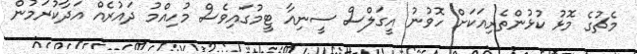
މެޗުގެ މޮޅު ކުޅުންތެރިއަކަށް ހޮވުނު އީގަލްސް ސީނިއާ ޓީމުގައިވެސް މުހިއްމު ދައުރެއް އަދާކުރަމުން